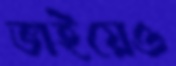
ভাইয়েও